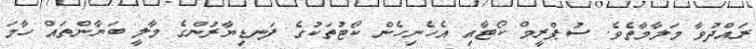
ރައްދުވާ މަލާމާތެވެ. ސުޕްރީމް ކޯޓާއި އެހެނިހެން ކޯޓުތަކުގެ ފަނޑިޔާރުންގެ މާލީ ބަޔާންތައް ހާމަ